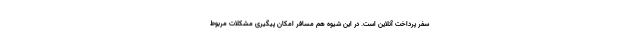
سفر پرداخت آنلاین است. در این شیوه هم مسافر امکان پیگیری مشکلات مربوط